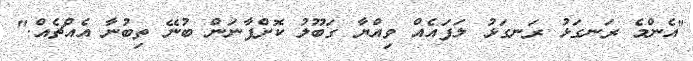
"އެންމެ ރަނގަޅު ރަނގަޅު ލަފައެއް ވިއްޔާ ގަބޫލު ކޮށްފާނަން ބުނޭ ތިބުނާ އެއްޗެއް."